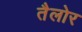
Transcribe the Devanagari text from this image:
तैलोर